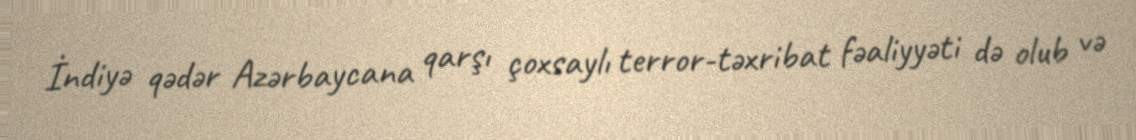
İndiyə qədər Azərbaycana qarşı çoxsaylı terror-təxribat fəaliyyəti də olub və